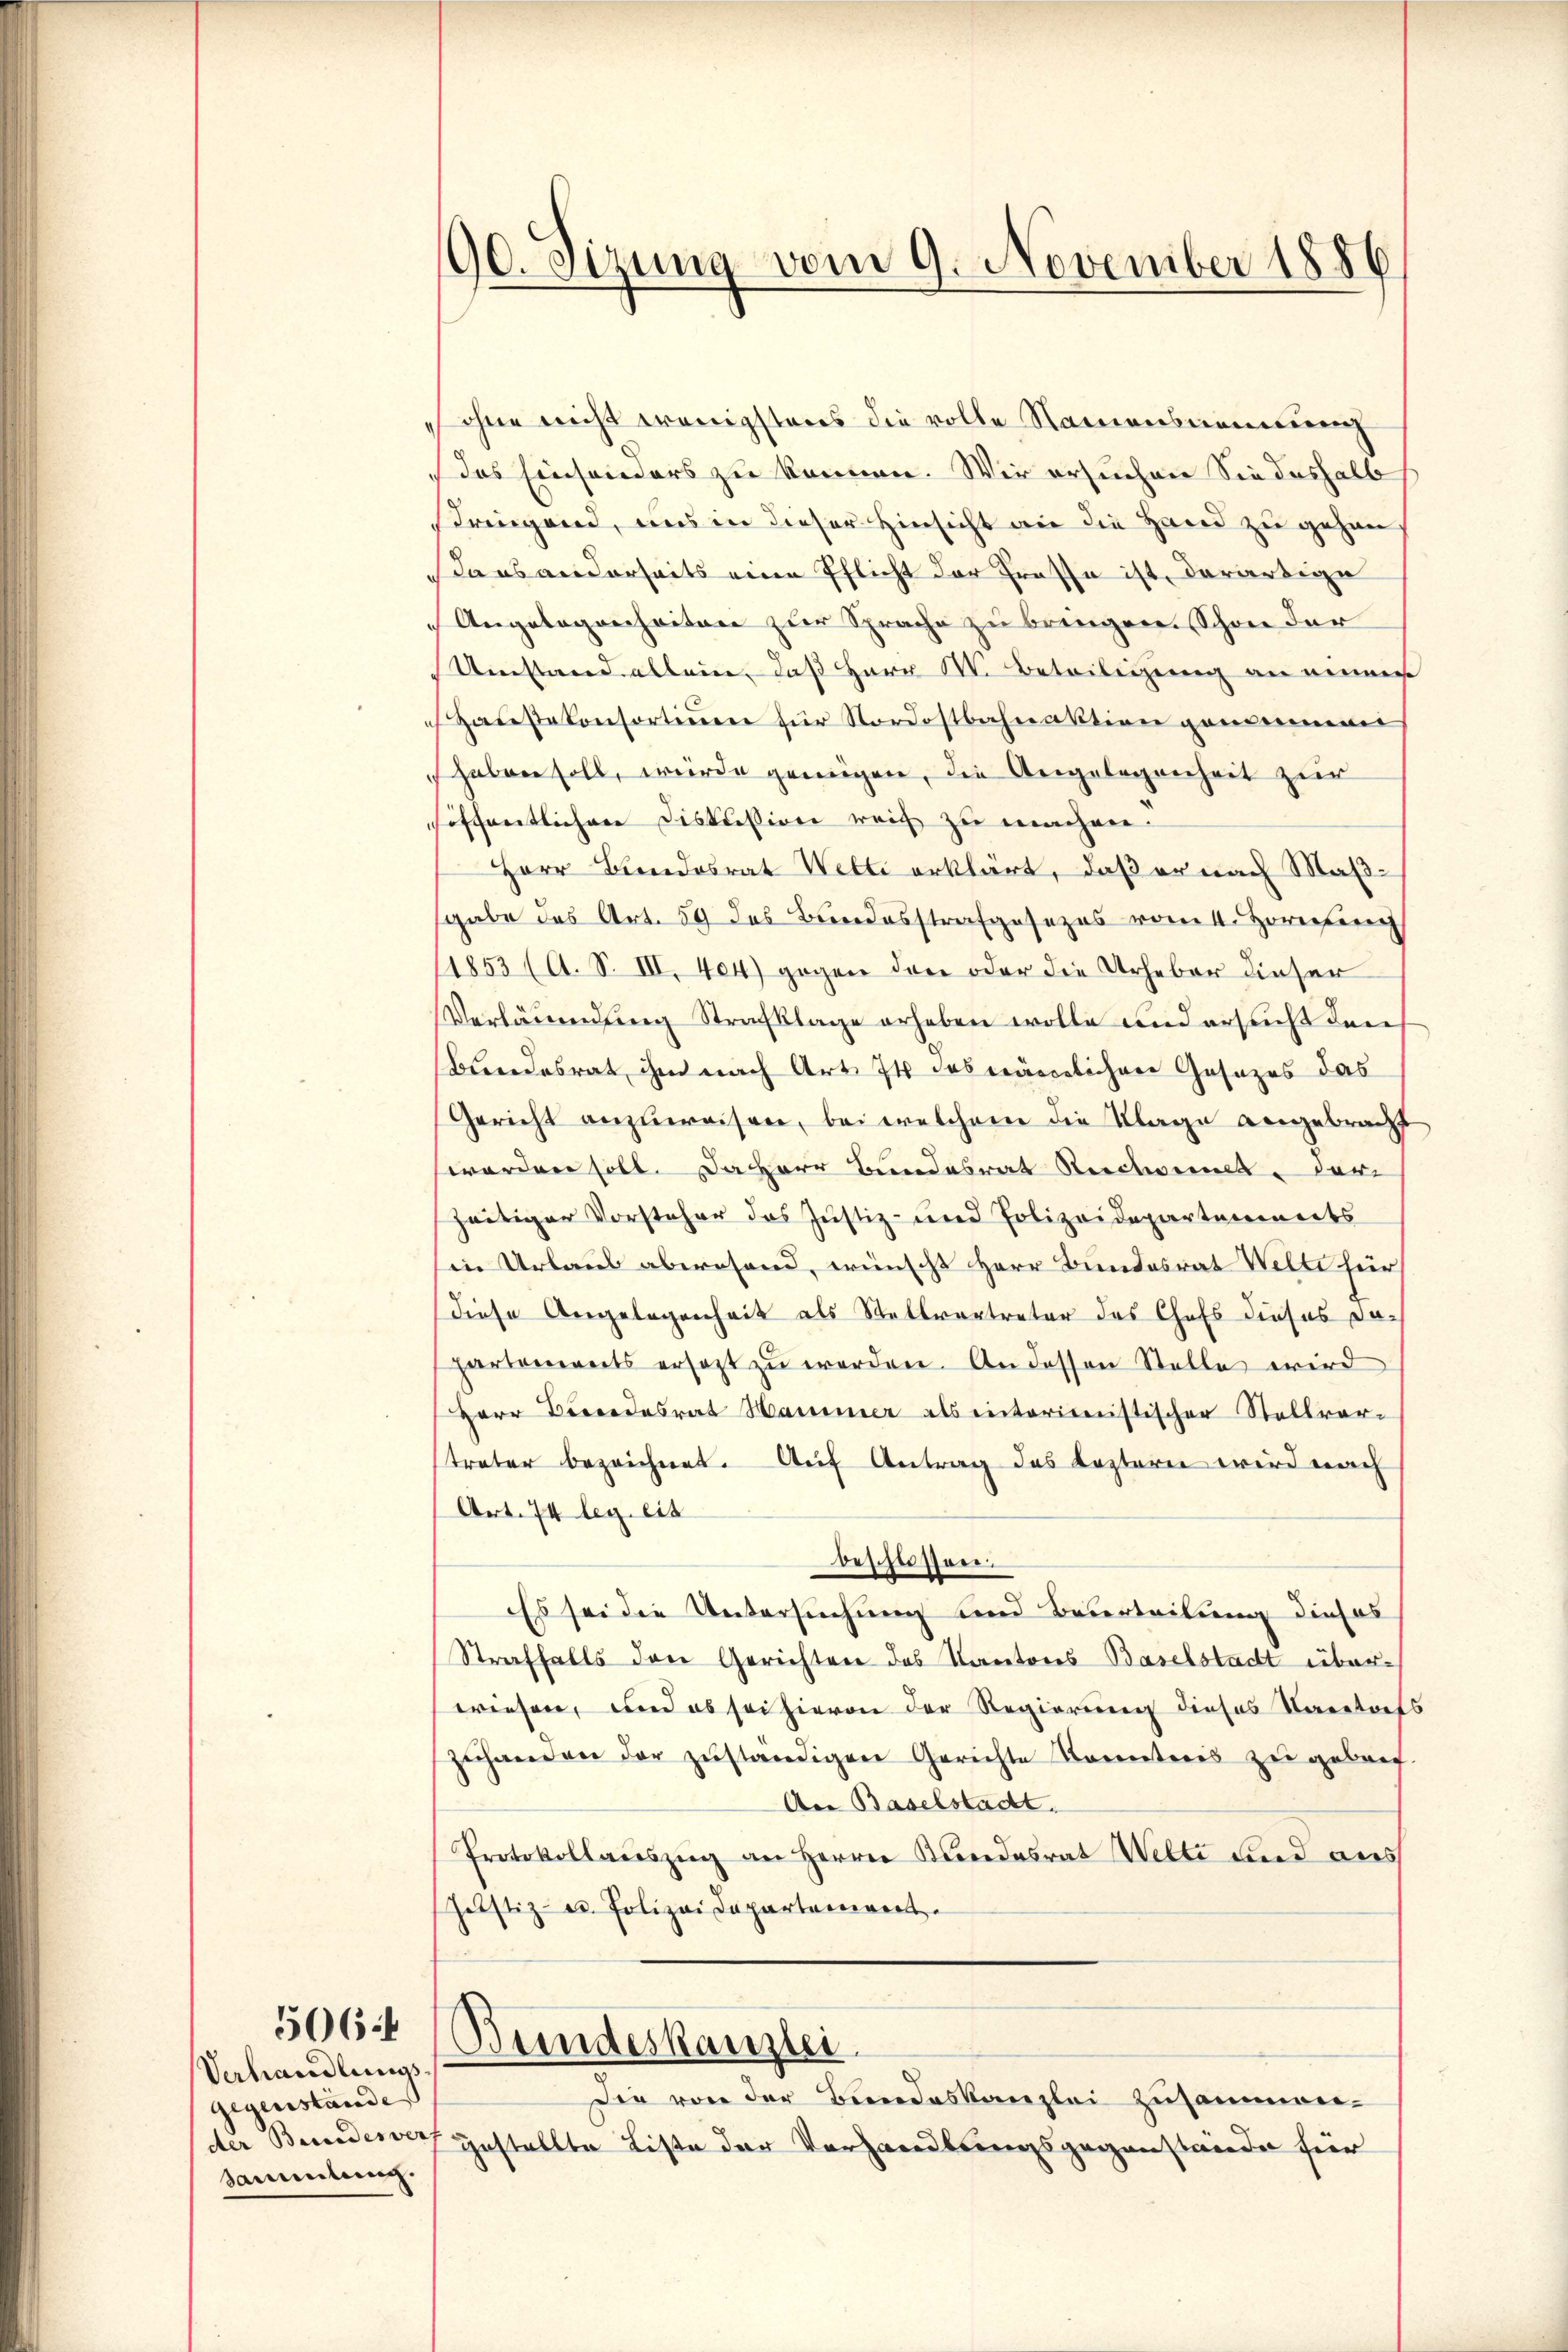
Verhandlungs¬
Gegenstände
sammlung.

506.

190. Sizung vom 9. November 1886

ohne nicht wenigstens die volle Namensnennung
das Einsonders zu können. Wir ersuchen Sie deshalb
dringend, uns in dieser Hinsicht an die Hand zu gehen,
da es anderseits eine Pflicht der Grosse ist, derartige
Angelegenheiten zur Sprache zu bringen. Schon der
Umstand allein, daß Herr M. Beteiligung an eine
Haŭsekonsortiṅen für Nordostbahnaktion gemeinem
haben soll, würde genügen, die Angelegenheit zur
höffentlichen Diskussion reich zu machen.
Herr Bundesrat Wette erklärt, daß er nach Maßsgabe des Art. 59 des Bundesstrafgesezes vom 1. Hornhere
11853 (A. S. III. 404) gegen den oder die Urheber dieser
Verläumdung Strafklage erheben wolle und ersucht den
Bundesrat ihm nach Art. 74 des nämlichen Gesezes das
Gericht anzŭweisen, bei welchem die Klage angebracht
worden soll. Da Herr Bundesrat Recht dari
heitiger Vorsteher das Justiz- und Polizeidepartannerts
in Urlaus abwesend, wünscht Herr Bundesrat Welti hier
diese Angelegenheit als Stellvertreter des Chefs dieses da-
partements ersezt zu werden. An dessen Stelle wird
Herr Direndesrat Hammer als interimistischer Stellver-
treter bezeichnet. Auf Antrag des Leztern wird nach
Art. 74 leg. eis
beschlossen.
Es sei die Untersuchung und Beurteilung dieses
Straffalls den Gerichten des Kantons Baselstadt überwiesen, und es sei hievon der Regierung dieses Karretref
zŭhanden der zŭständigen Gerichte Konnteres zu gebref.
An Baselstadt.
Protokollaŭszŭg an Herrn Kundesrat Welti und aus
Justiz- u. Polizeidepartement
Bundeskanzlei
Die von der Bundeskanzlei zusammender Bundesrech gestellte Liste der Vorhandlungsgegenstände für